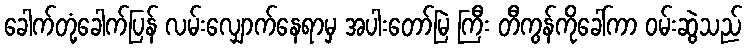
ခေါက်တုံ့ခေါက်ပြန် လမ်းလျှောက်နေရာမှ အပါးတော်မြဲ ကြီး တီကွန်ကိုခေါ်ကာ ဝမ်းဆွဲသည်